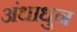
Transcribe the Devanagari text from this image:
अंधाधुन